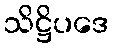
သိဋ္ဌိပဒေ